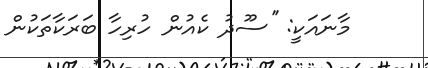
މާނައަކީ: ''ސޫދު ކެއުން ހުރިހާ ބަރަކާތަކުން